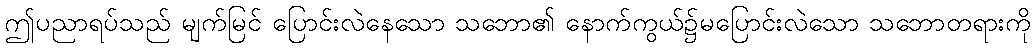
ဤပညာရပ်သည် မျက်မြင် ပြောင်းလဲနေသော သဘော၏ နောက်ကွယ်၌မပြောင်းလဲသော သဘောတရားကို